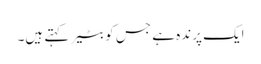
ایک پرندہ ہے جس کو بٹیر کہتے ہیں۔